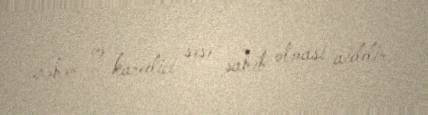
zəhər və karedici səsə sahib olması aiddir.